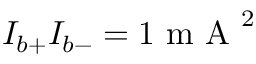
I _ { b + } I _ { b - } = 1 \mathrm { ~ m ~ A ~ } ^ { 2 }